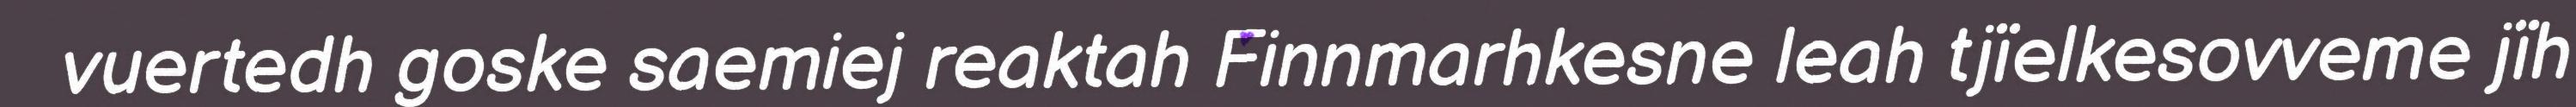
vuertedh goske saemiej reaktah Finnmarhkesne leah tjïelkesovveme jïh